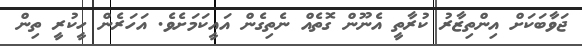
ޖަވާބަކަށް އިންތިޒާރު ކުރާތީ އެނޫން ގޮތެއް ނެތިގެން އައީކަމަށެވެ. އަހަރެން ހީކުރީ ތިން